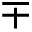
\mp